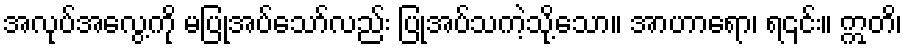
အလုပ်အလွေ့ကို မပြုအပ်သော်လည်း ပြုအပ်သကဲ့သို့သော။ အာဟာရော၊ ရ၎င်း။ ဣတိ၊